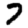
Digit: 7